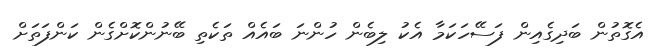
އެގޮތުން ބަދިގެއިން ފަސޭހަކަމާ އެކު ލިބެން ހުންނަ ބައެއް ތަކެތި ބޭނުންކޮށްގެން ކަންފަތަށް